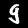
Label: 9